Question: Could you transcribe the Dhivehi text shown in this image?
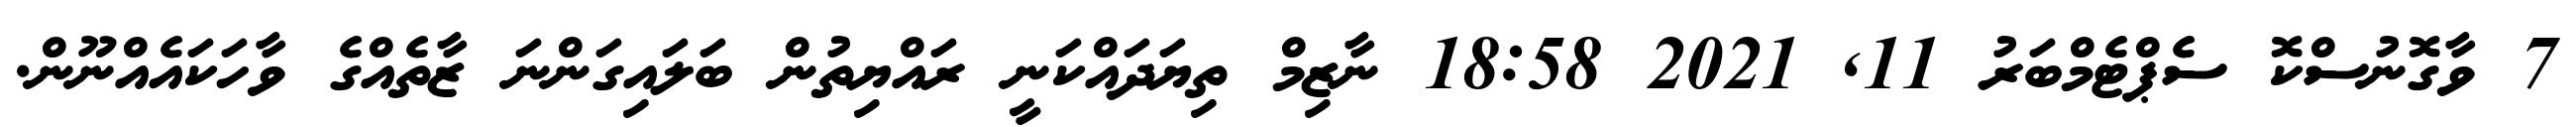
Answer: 7 ވާގޮނުސްކޮ ސެޕްޓެމްބަރު 11, 2021 18:58 ނާޒިމް ތިޔަދައްކަނީ ރައްޔިތުން ބަލައިގަންނަ ޒާތެއްގެ ވާހަކައެއްނޫން.